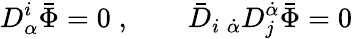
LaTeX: D_{\alpha}^{i}\bar{\Phi}=0\; ,\qquad\bar{D}_{i\; \dot{\alpha}}D_{j}^{\dot{\alpha}}\bar{\Phi}=0